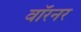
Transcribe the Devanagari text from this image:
वॉरनर